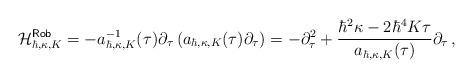
LaTeX: \begin{align*}\mathcal{H}^\mathsf{Rob}_{\hbar,\kappa,K}=-a_{\hbar,\kappa,K}^{-1}(\tau)\partial_{\tau}\left(a_{\hbar,\kappa,K}(\tau)\partial_{\tau}\right)=-\partial^2_{\tau}+\frac{\hbar^2 \kappa-2\hbar^4K\tau}{a_{\hbar,\kappa,K}(\tau)}\partial_{\tau}\,,\end{align*}